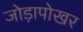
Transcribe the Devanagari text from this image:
जोड़ापोखर